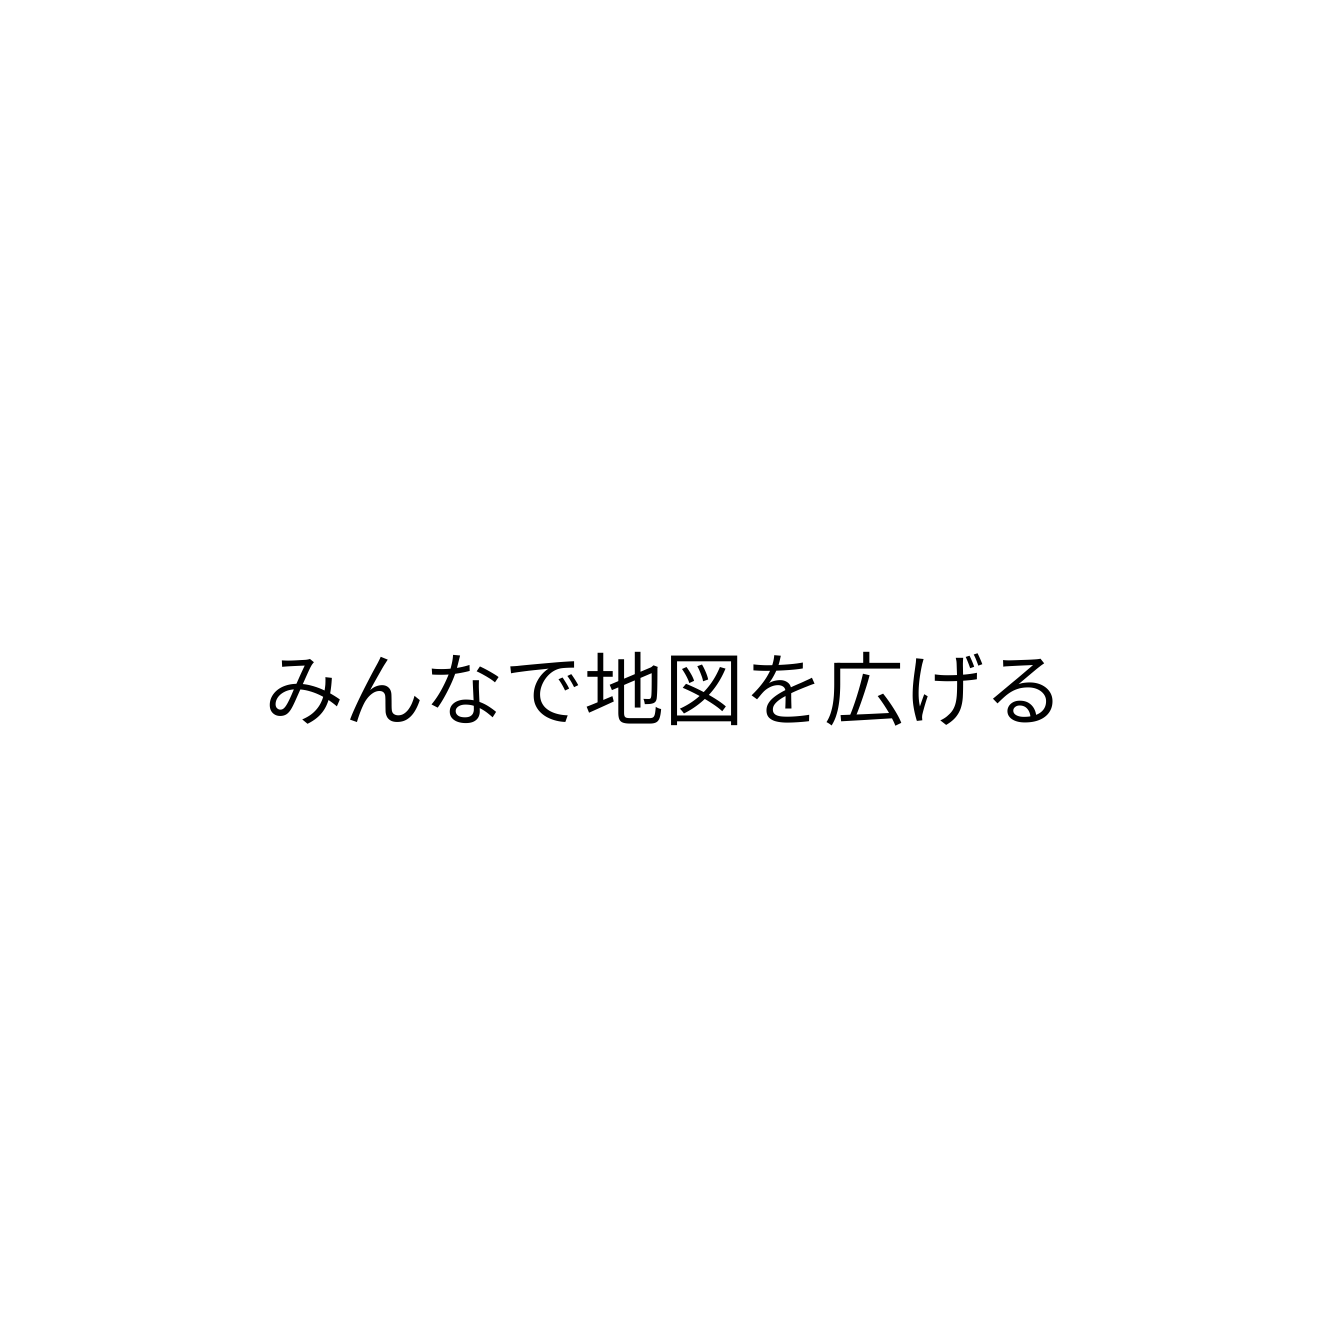
みんなで地図を広げる